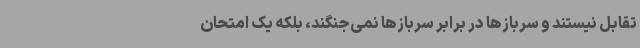
تقابل نیستند و سربازها در برابر سربازها نمی‌جنگند، بلکه یک امتحان